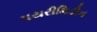
પયરીમિડીન